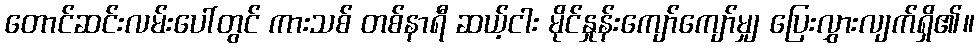
တောင်ဆင်းလမ်းပေါ်တွင် ကားသစ် တစ်နာရီ ဆယ့်ငါး မိုင်နှုန်းကျော်ကျော်မျှ ပြေးလွှားလျက်ရှိ၏။